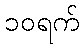
၁၀ရက်